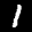
Label: 1